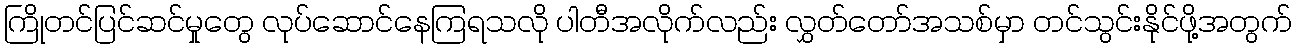
ကြိုတင်ပြင်ဆင်မှုတွေ လုပ်ဆောင်နေကြရသလို ပါတီအလိုက်လည်း လွှတ်တော်အသစ်မှာ တင်သွင်းနိုင်ဖို့အတွက်